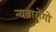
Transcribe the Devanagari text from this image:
न्यवारोंगो